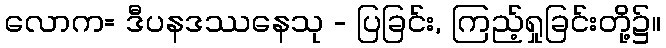
လောက= ဒီပနဒဿနေသု - ပြခြင်း, ကြည့်ရှုခြင်းတို့၌။